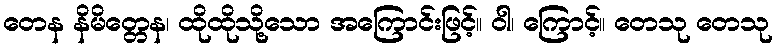
တေန နိမိတ္တေန၊ ထိုထိုသို့သော အကြောင်းဖြင့်။ ဝါ၊ ကြောင့်။ တေသု တေသု